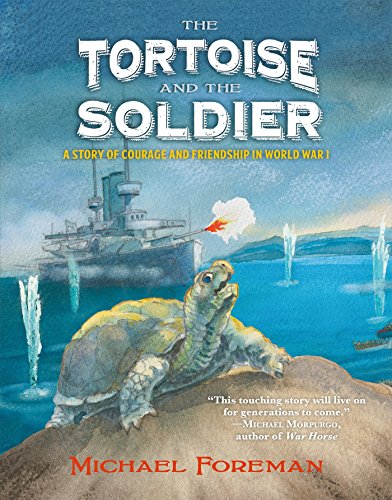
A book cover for The Tortoise and the Soldier: A Story of Courage and Friendship in World War I; Michael Foreman; Children's Books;